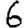
Digit: 6